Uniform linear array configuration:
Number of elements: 16
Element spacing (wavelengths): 1
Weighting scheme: hamming
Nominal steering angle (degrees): -30
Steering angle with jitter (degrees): -28.643
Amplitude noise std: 0.05
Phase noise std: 0.05

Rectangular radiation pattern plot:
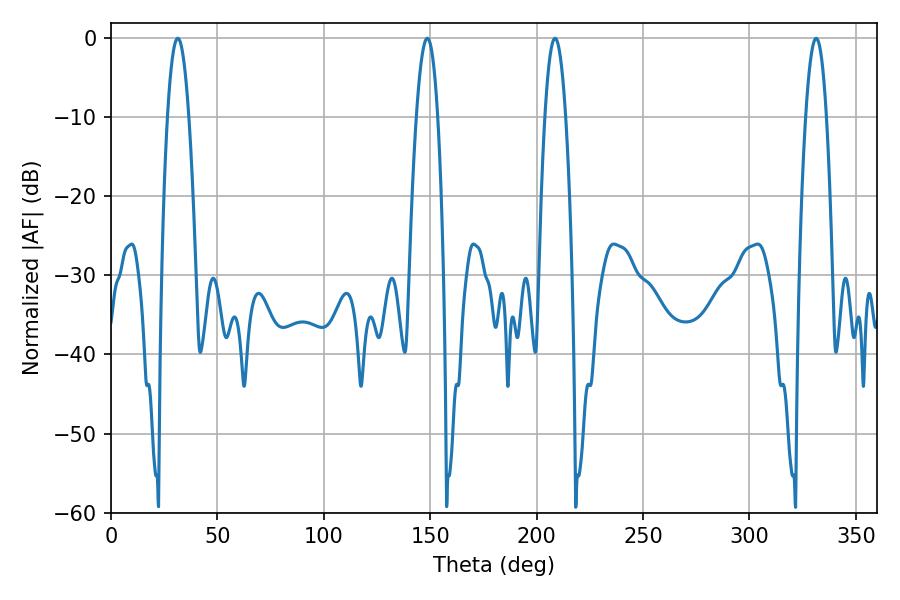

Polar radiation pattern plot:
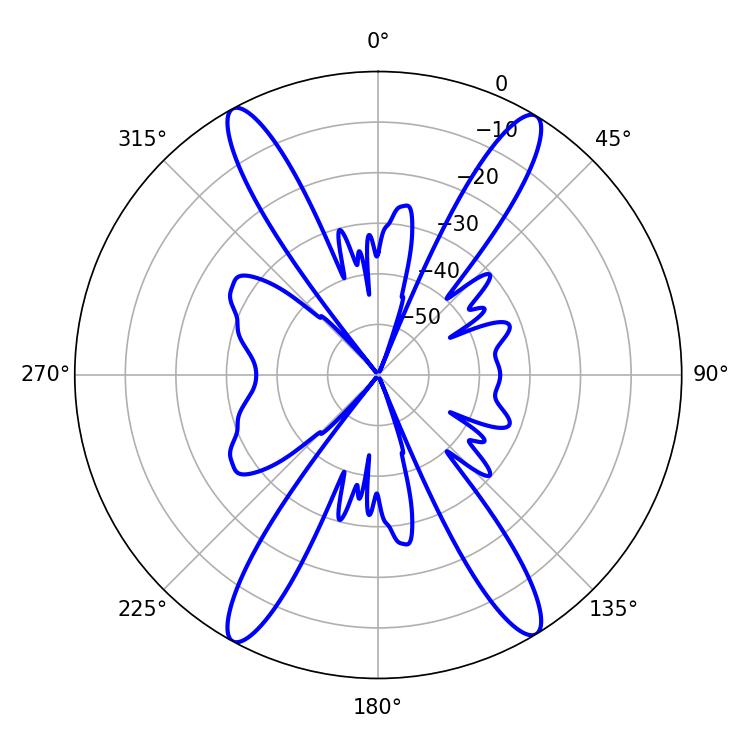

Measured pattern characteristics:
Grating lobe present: TRUE
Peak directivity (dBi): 22.754
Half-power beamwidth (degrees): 5.4
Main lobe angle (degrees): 208.62